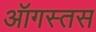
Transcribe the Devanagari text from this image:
ऑगस्तस